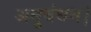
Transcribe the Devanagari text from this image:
अनुबंधन।